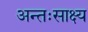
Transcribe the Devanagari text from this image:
अन्तःसाक्ष्य